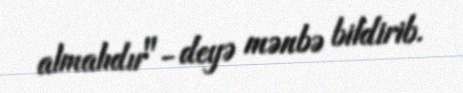
almalıdır"- deyə mənbə bildirib.